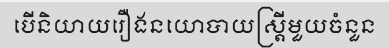
បើនិយាយរឿងនយោបាយស្ត្រីមួយចំនួន